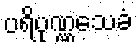
ပရိပုဏ္ဏသေခံ